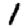
Digit: 1